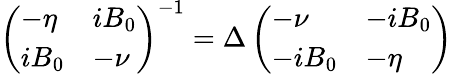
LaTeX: \left(\begin{array}{ll}{-\eta}&{iB_{0}}\\ {iB_{0}}&{-\nu}\end{array}\right)^{-1}=\Delta\left(\begin{array}{ll}{-\nu}&{-iB_{0}}\\ {-iB_{0}}&{-\eta}\end{array}\right)